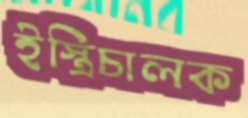
ইস্ত্রিচালক